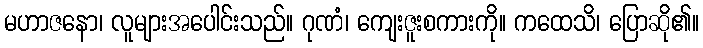
မဟာဇနော၊ လူများအပေါင်းသည်။ ဂုဏံ၊ ကျေးဇူးစကားကို။ ကထေသိ၊ ပြောဆို၏။